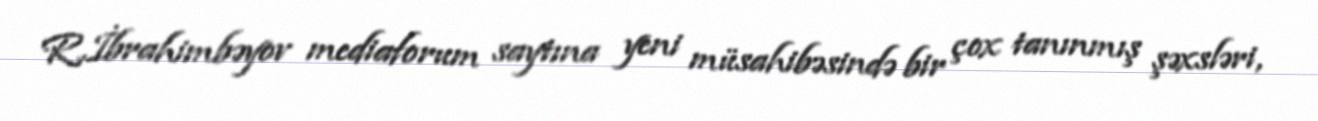
R.İbrahimbəyov mediaforum saytına yeni müsahibəsində bir çox tanınmış şəxsləri,